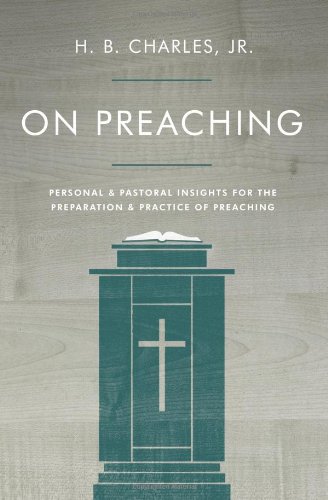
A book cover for On Preaching: Personal & Pastoral Insights for the Preparation & Practice of Preaching; H.B. Charles  Jr.; Christian Books & Bibles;